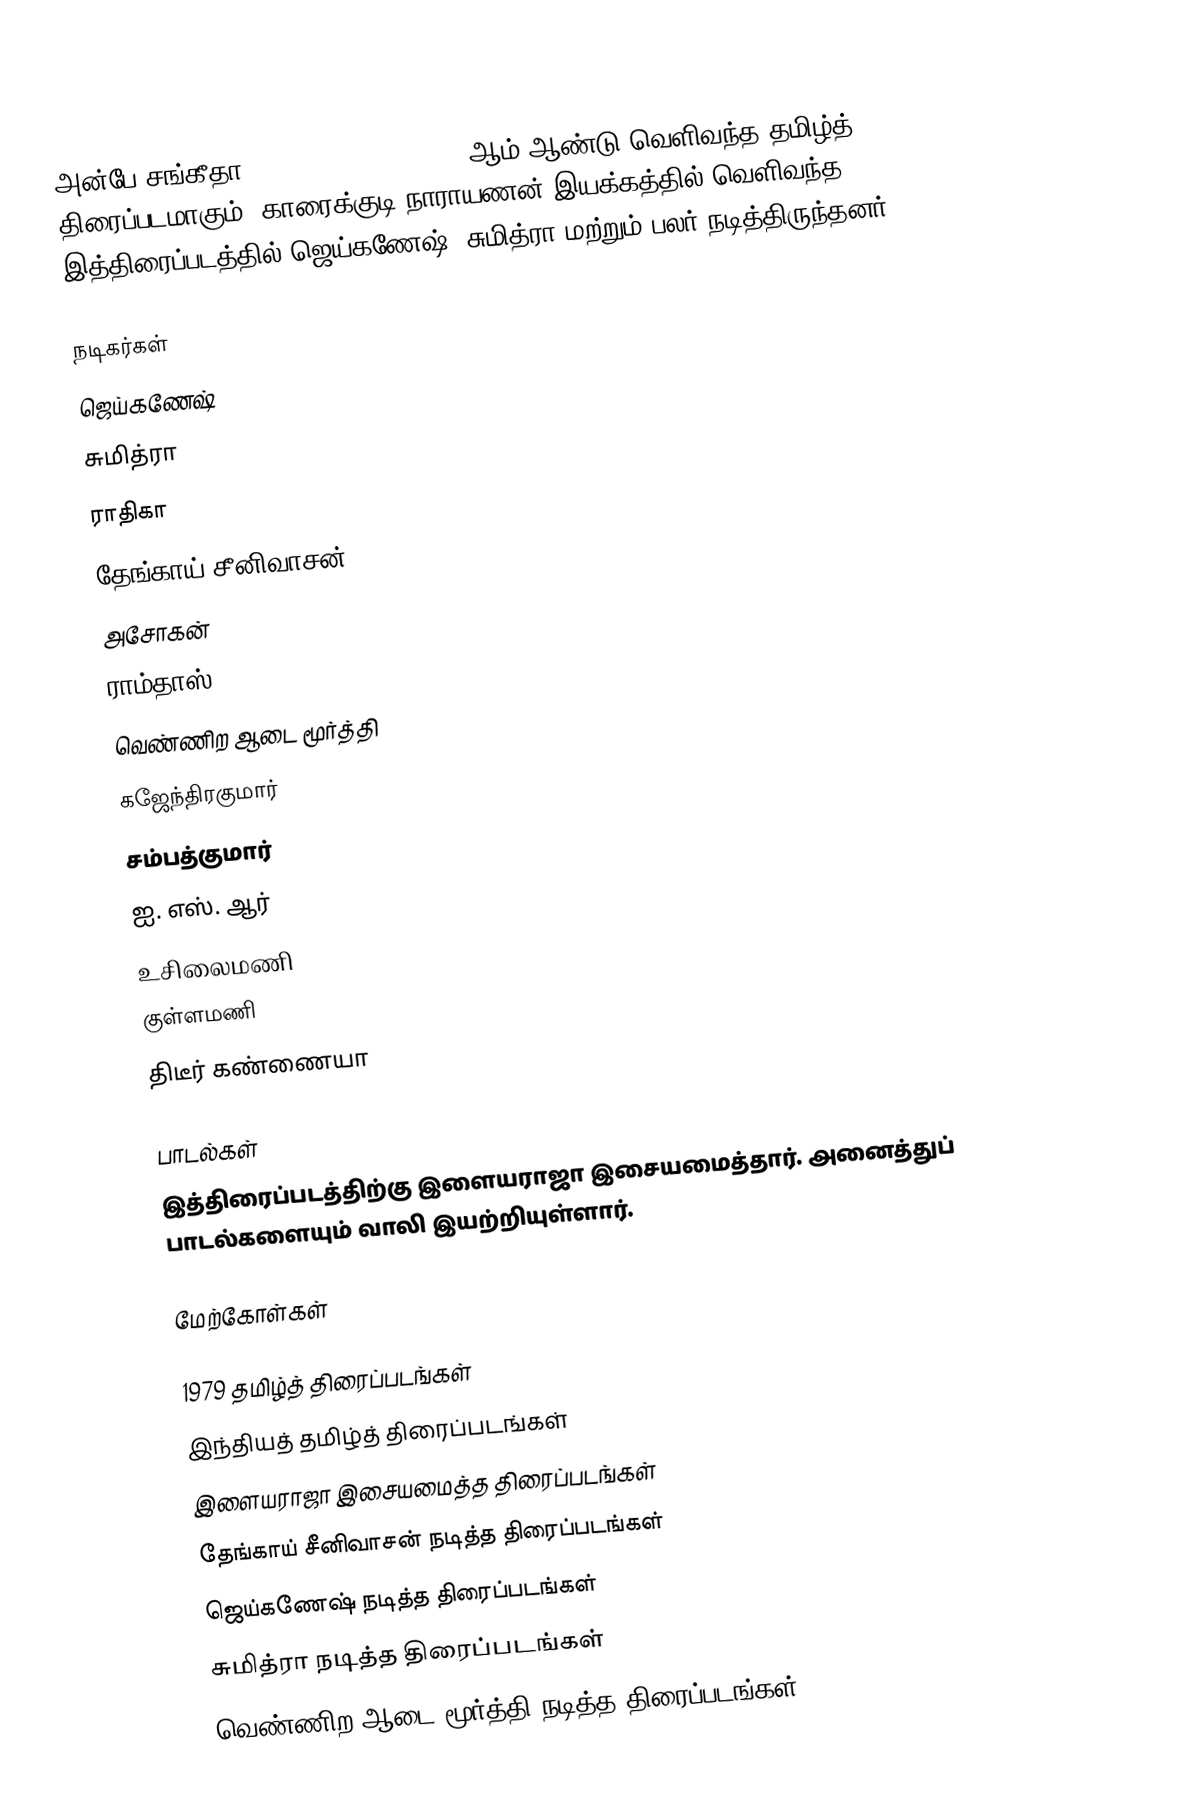
அன்பே சங்கீதா (Anbe Sangeetha) 1979 ஆம் ஆண்டு வெளிவந்த தமிழ்த் திரைப்படமாகும். காரைக்குடி நாராயணன் இயக்கத்தில் வெளிவந்த இத்திரைப்படத்தில் ஜெய்கணேஷ், சுமித்ரா மற்றும் பலர் நடித்திருந்தனர்.

நடிகர்கள்
 ஜெய்கணேஷ்
 சுமித்ரா
 ராதிகா
 தேங்காய் சீனிவாசன்
 அசோகன்
 ராம்தாஸ்
 வெண்ணிற ஆடை மூர்த்தி
 கஜேந்திரகுமார்
 சம்பத்குமார்
 ஐ. எஸ். ஆர்
 உசிலைமணி
 குள்ளமணி
 திடீர் கண்ணையா

பாடல்கள்
இத்திரைப்படத்திற்கு இளையராஜா இசையமைத்தார். அனைத்துப் பாடல்களையும் வாலி இயற்றியுள்ளார்.

மேற்கோள்கள்

1979 தமிழ்த் திரைப்படங்கள்
இந்தியத் தமிழ்த் திரைப்படங்கள்
இளையராஜா இசையமைத்த திரைப்படங்கள்
தேங்காய் சீனிவாசன் நடித்த திரைப்படங்கள்
ஜெய்கணேஷ் நடித்த திரைப்படங்கள்
சுமித்ரா நடித்த திரைப்படங்கள்
வெண்ணிற ஆடை மூர்த்தி நடித்த திரைப்படங்கள்